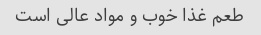
طعم غذا خوب و مواد عالی است